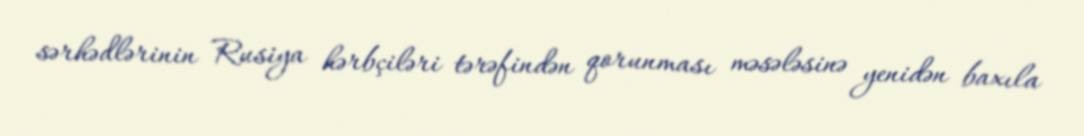
sərhədlərinin Rusiya hərbçiləri tərəfindən qorunması məsələsinə yenidən baxıla